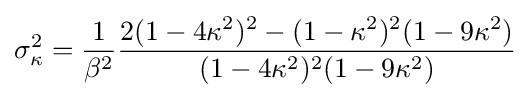
\sigma _{\kappa }^{2}={\frac {1}{\beta ^{2}}}{\frac {2(1-4\kappa ^{2})^{2}-(1-\kappa ^{2})^{2}(1-9\kappa ^{2})}{(1-4\kappa ^{2})^{2}(1-9\kappa ^{2})}}